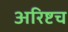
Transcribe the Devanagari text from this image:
अरिष्टच